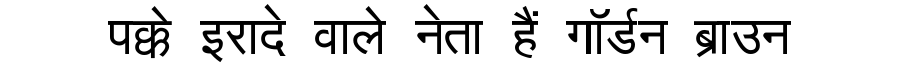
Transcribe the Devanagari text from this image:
पक्के इरादे वाले नेता हैं गॉर्डन ब्राउन